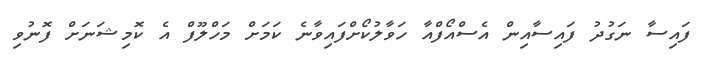
ފައިސާ ނަގުދު ފައިސާއިން އެސްއޯފްއާ ހަވާލުކޯށްފައިވާނެ ކަމަށް މަހްލޫފް އެ ކޮމިޝަނަށް ފޮނުވި